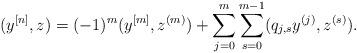
LaTeX: \begin{align*} ( y^{[n]}, z ) = (-1)^m ( y^{[m]}, z^{(m)} ) + \sum_{j = 0}^m \sum_{s = 0}^{m-1} ( q_{j,s} y^{(j)}, z^{(s)}).\end{align*}